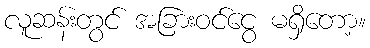
လူဆန်းတွင် အခြားဝင်ငွေ မရှိတော့။